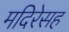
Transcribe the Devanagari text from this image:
मदिरेसह